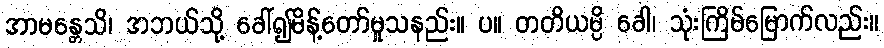
အာမန္တေသိ၊ အဘယ်သို့ ခေါ်၍မိန့်တော်မူသနည်း။ ပ။ တတိယမ္ပိ ခေါ၊ သုံးကြိမ်မြောက်လည်း။